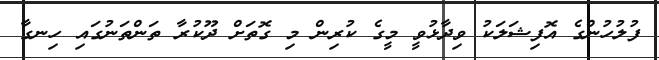
ފުލުހުންގެ އޮފިޝަލަކު ވިދާޅުވީ މީގެ ކުރިން މި ގޮތަށް ދޫކުރާ ތަންތަނުގައި ހިނގާ